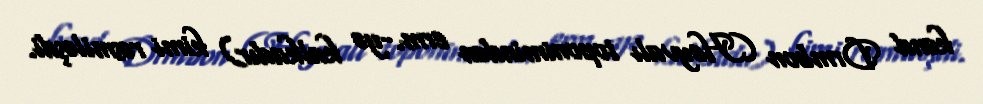
kənd Drmbon (Heyvalı toponimindən erm.-yə kalkadır) kimi rəsmiləşdi.